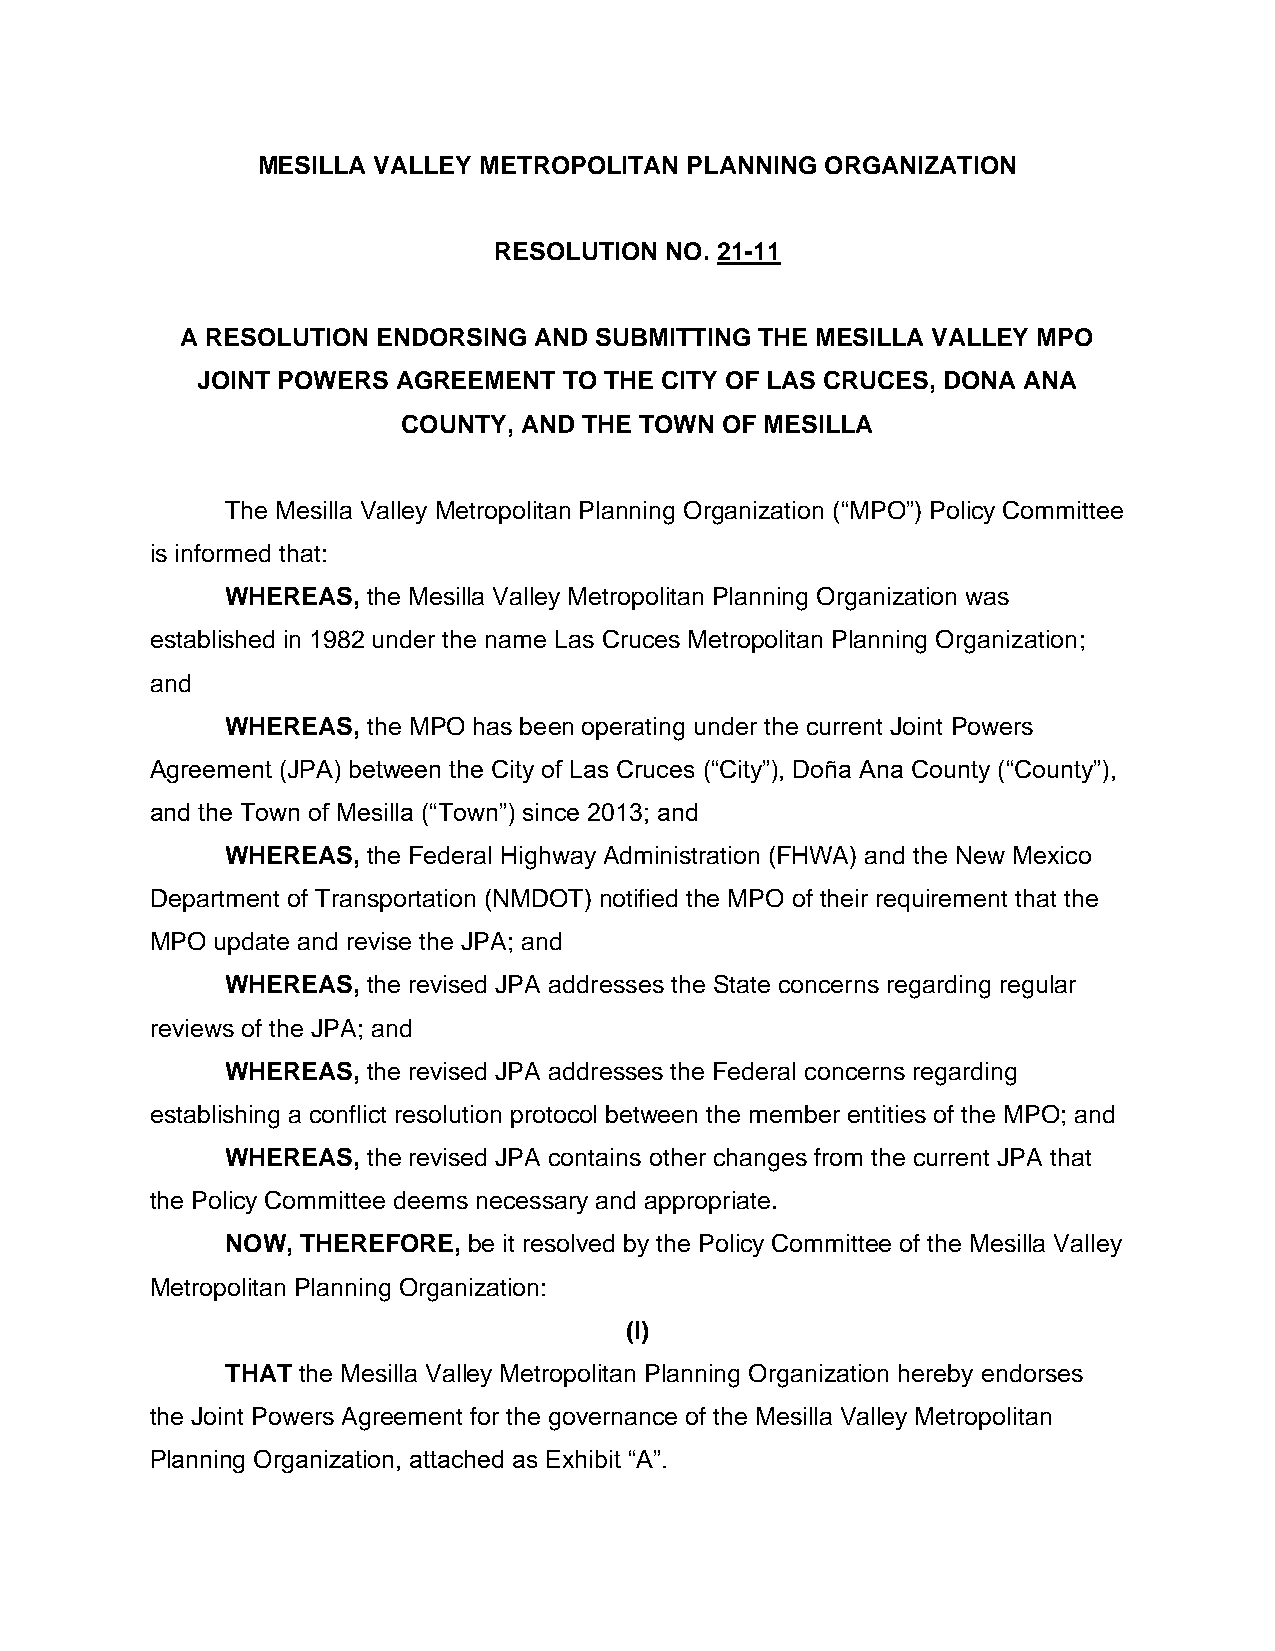
MESILLA VALLEY METROPOLITAN PLANNING  ORGANIZATION
 RESOLUTION NO. 21-11
 A RESOLUTION ENDORSING AND SUBMITTING THE MESILLA VALLEY MPO
 JOINT POWERS AGREEMENT  TO THE CITY OF LAS CRUCES, DONA ANA
 COUNTY, AND THE TOWN OF MESILLA
 The Mesilla Valley Metropolitan Planning Organization (“MPO”) Policy Committee
 is informed that:
 WHEREAS, the Mesilla Valley Metropolitan Planning Organization was
 established in 1982 under the name Las Cruces Metropolitan Planning Organization;
 and
 WHEREAS, the MPO has been operating under the current Joint Powers
 Agreement (JPA) between the City of Las Cruces (“City”), Doña Ana County (“County”),
 and the Town of Mesilla (“Town”) since 2013; and
 WHEREAS, the Federal Highway Administration (FHWA) and the New Mexico
 Department of Transportation (NMDOT) notified the MPO of their requirement that the
 MPO update and revise the JPA; and
 WHEREAS, the revised JPA addresses the State concerns regarding regular
 reviews of the JPA; and
 WHEREAS, the revised JPA addresses the Federal concerns regarding
 establishing a conflict resolution protocol between the member entities of the MPO; and
 WHEREAS, the revised JPA contains other changes from the current JPA that
 the Policy Committee deems necessary and appropriate.
 NOW, THEREFORE, be it resolved by the Policy Committee of the Mesilla Valley
 Metropolitan Planning Organization:
 (I)
 THAT the Mesilla Valley Metropolitan Planning Organization hereby endorses
 the Joint Powers Agreement for the governance of the Mesilla Valley Metropolitan
 Planning Organization, attached as Exhibit “A”.